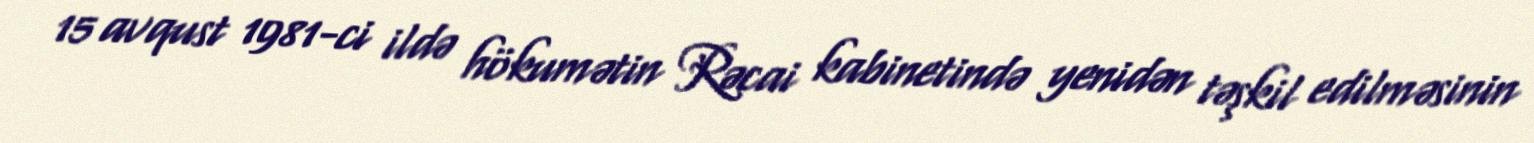
15 avqust 1981-ci ildə hökumətin Rəcai kabinetində yenidən təşkil edilməsinin